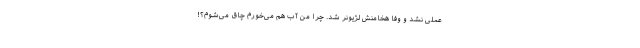
عملی نشد و وفا هخامنش لژیونر شد. چرا من آب هم می‌خورم چاق می‌شوم؟!